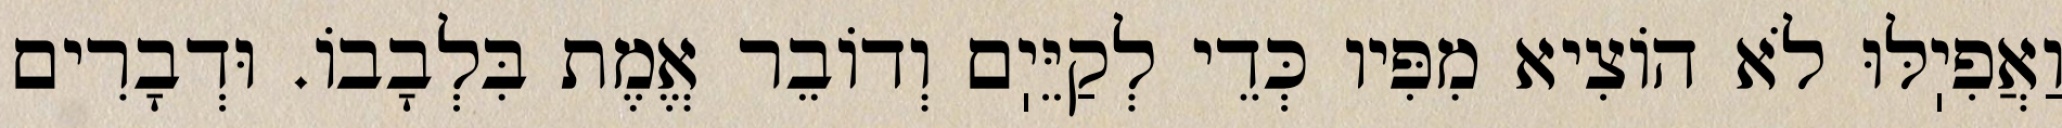
וַאֲפִיֽלּוּ לֹא הוֹצִיא מִפִּיו כְּדֵי לְקַיֵּיֽם וְדוֹבֵר אֱמֶת בִּלְבָבוֹ. וּדְבָרִים